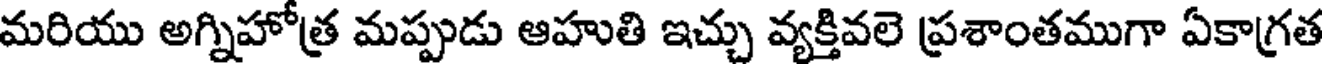
మరియు అగ్నిహోత్ర మప్పుడు ఆహుతి ఇచ్చు వ్యక్తివలె ప్రశాంతముగా ఏకాగ్రత